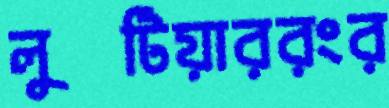
লুটিয়াররংর